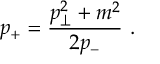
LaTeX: p _ { + } = \frac { p _ { \perp } ^ { 2 } + m ^ { 2 } } { 2 p _ { - } } \ .